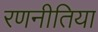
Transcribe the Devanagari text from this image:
रणनीतिया